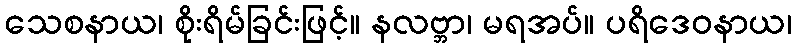
သေစနာယ၊ စိုးရိမ်ခြင်းဖြင့်။ နလဗ္ဘာ၊ မရအပ်။ ပရိဒေဝနာယ၊